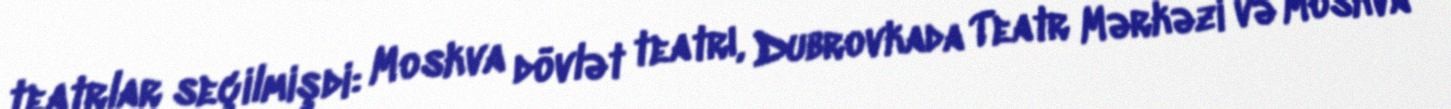
teatrlar seçilmişdi: Moskva dövlət teatrı, Dubrovkada Teatr Mərkəzi və Moskva